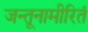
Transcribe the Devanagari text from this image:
जन्तूनामीरितं